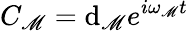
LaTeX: C_{\mathscr{M}}=\mathrm{d}_{\mathscr{M}}e^{i\omega_{\mathscr{M}}t}